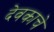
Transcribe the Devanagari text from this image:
देवकाचे